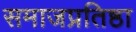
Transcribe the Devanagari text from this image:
समाजप्रतिष्ठा